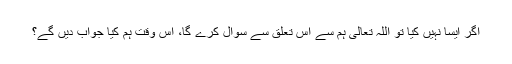
اگر ایسا نہیں کیا تو اللہ تعالیٰ ہم سے اس تعلق سے سوال کرے گا، اس وقت ہم کیا جواب دیں گے؟